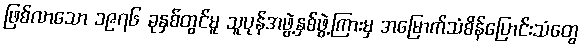
ဖြစ်လာသော ၁၉၇၆ ခုနှစ်တွင်မူ သူပုန်အဖွဲ့နှစ်ဖွဲ့ကြားမှ အမြောက်သံစိန်ပြောင်းသံတွေ